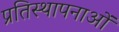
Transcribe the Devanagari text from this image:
प्रतिस्थापनाओं